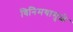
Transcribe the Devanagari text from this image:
विनिमयामुळे